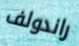
راندولف